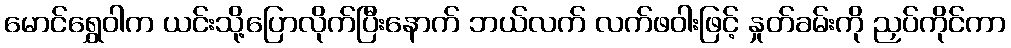
မောင်ရွှေဝါက ယင်းသို့ပြောလိုက်ပြီးနောက် ဘယ်လက် လက်ဖဝါးဖြင့် နှုတ်ခမ်းကို ညှပ်ကိုင်ကာ